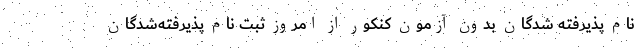
نام پذیرفته شدگان بدون آزمون کنکور از امروز ثبت نام پذیرفته‌شدگان